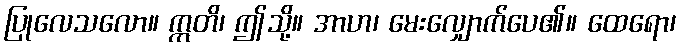
ပြုလေသလော။ ဣတိ၊ ဤသို့။ အာဟ၊ မေးလျှောက်ပေ၏။ ထေရော၊